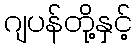
ဂျပန်တို့နှင့်